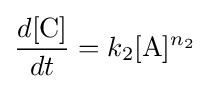
{\frac {d[{\ce {C}}]}{dt}}=k_{2}[{\ce {A}}]^{n_{2}}